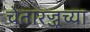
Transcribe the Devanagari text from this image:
चेतारज्जूच्या